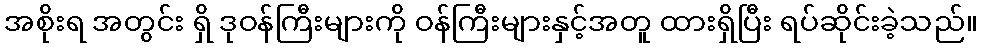
အစိုးရ အတွင်း ရှိ ဒုဝန်ကြီးများကို ဝန်ကြီးများနှင့်အတူ ထားရှိပြီး ရပ်ဆိုင်းခဲ့သည်။